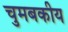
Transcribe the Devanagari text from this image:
चुमबकीय